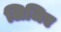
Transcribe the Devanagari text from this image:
लिजिए